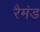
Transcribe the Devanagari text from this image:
रैमंड